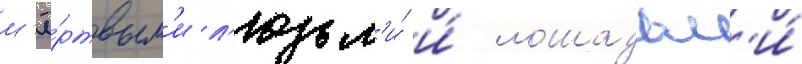
м'ё́ртвым'и л'юдьм'и́ и́ лошадьм'и́